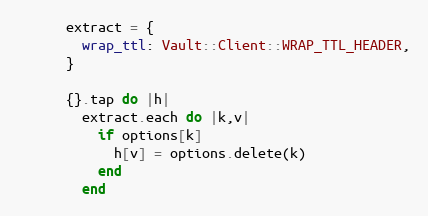
Language: Ruby
      extract = {
        wrap_ttl: Vault::Client::WRAP_TTL_HEADER,
      }

      {}.tap do |h|
        extract.each do |k,v|
          if options[k]
            h[v] = options.delete(k)
          end
        end